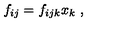
f _ { i j } = f _ { i j k } x _ { k } \ ,